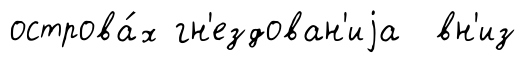
острова́х гн'ездован'иjа вн'из